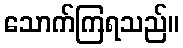
သောက်ကြရသည်။